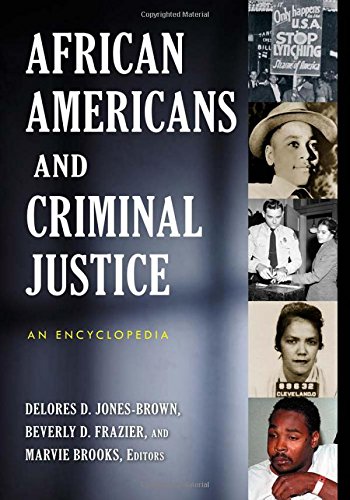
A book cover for African Americans and Criminal Justice: An Encyclopedia; Politics & Social Sciences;